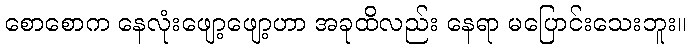
စောစောက နေလုံးဖျော့ဖျော့ဟာ အခုထိလည်း နေရာ မပြောင်းသေးဘူး။